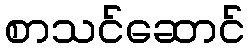
စာသင်ဆောင်